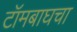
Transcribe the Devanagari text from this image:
टॉमबाघचा